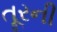
તૂરની